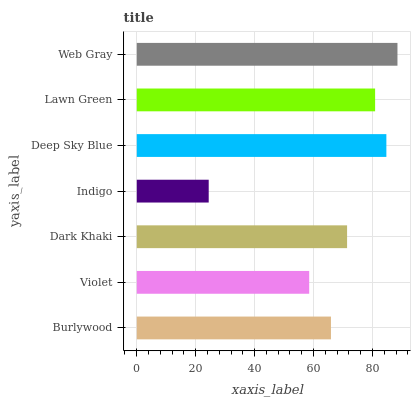
| yaxis_label | bars |
 | --- | --- |
 | Burlywood | 65.9 |
 | Violet | 58.5 |
 | Dark Khaki | 71.4 |
 | Indigo | 24.4 |
 | Deep Sky Blue | 84.7 |
 | Lawn Green | 80.9 |
 | Web Gray | 88.5 |